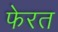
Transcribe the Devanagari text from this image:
फेरत